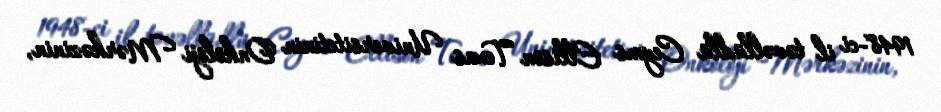
1948-ci il təvəllüdlü Ceyms Ellison Texas Universitetinin Onkoloji Mərkəzinin,